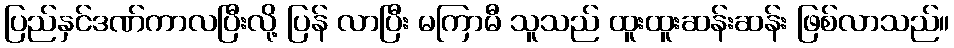
ပြည်နှင်ဒဏ်ကာလပြီးလို့ ပြန် လာပြီး မကြာမီ သူသည် ထူးထူးဆန်းဆန်း ဖြစ်လာသည်။